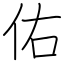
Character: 佑